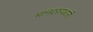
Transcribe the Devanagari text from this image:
मानवरुपधारी